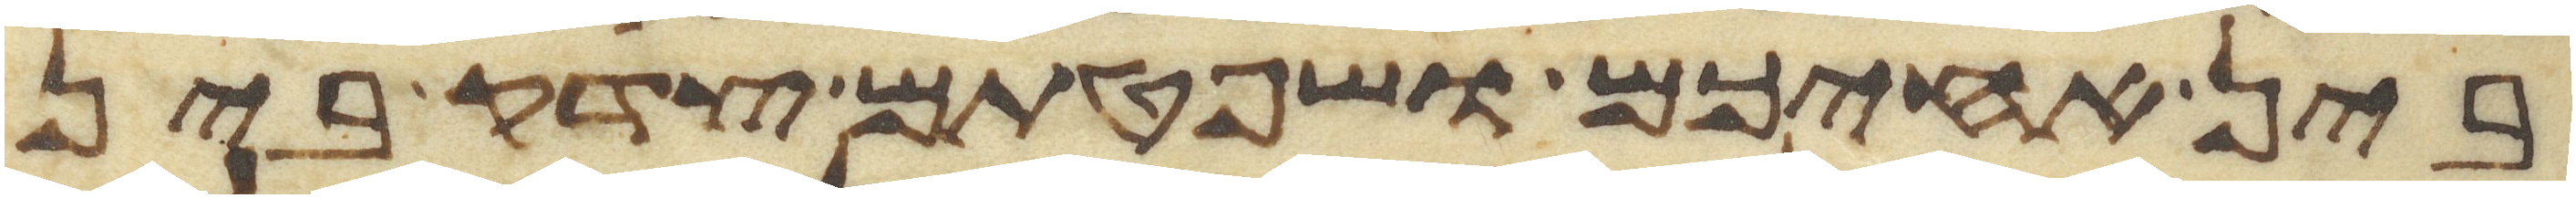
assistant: בין אחיכם ושפטתם צדק בין